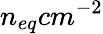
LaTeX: n_{eq}cm^{-2}